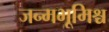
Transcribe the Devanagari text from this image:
जन्मभूमिश्च